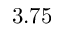
3 . 7 5